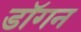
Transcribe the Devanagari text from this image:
डॉगन